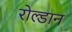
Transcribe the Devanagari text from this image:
रोल्डान